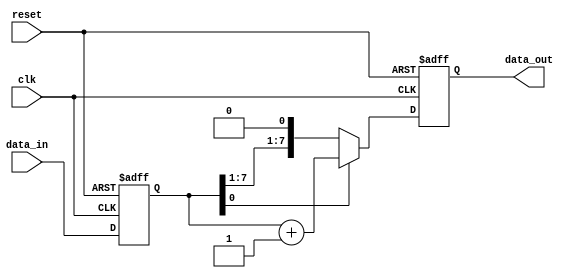
module synchronous_design (
    input wire clk,          // Clock signal
    input wire reset,        // Asynchronous reset signal
    input wire [7:0] data_in, // 8-bit input data
    output reg [7:0] data_out // 8-bit output data
);

    // Internal state variable
    reg [7:0] state;

    // Always block sensitive to the positive edge of the clock
    always @ (posedge clk or posedge reset) begin
        if (reset) begin
            // Reset logic: initialize state and output
            state <= 8'b0;
            data_out <= 8'b0;
        end else begin
            // State update logic
            state <= data_in; // Capture input data on clock edge
            
            // Conditional logic example
            if (state[0] == 1'b1) begin
                data_out <= state + 8'b1; // Increment if LSB is 1
            end else begin
                data_out <= state; // Otherwise, output the state directly
            end
        end
    end

endmodule